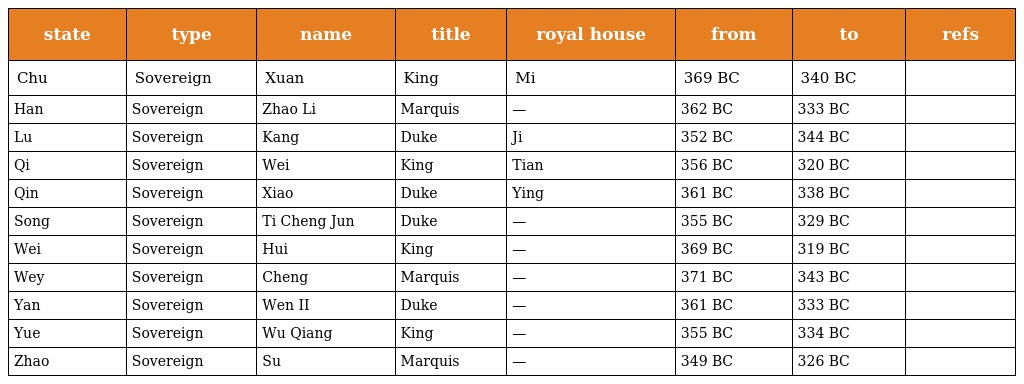
| state | type | name | title | royal house | from | to | refs |
 | --- | --- | --- | --- | --- | --- | --- | --- |
 | Chu | Sovereign | Xuan | King | Mi | 369 BC | 340 BC |  |
 | Han | Sovereign | Zhao Li | Marquis | — | 362 BC | 333 BC |  |
 | Lu | Sovereign | Kang | Duke | Ji | 352 BC | 344 BC |  |
 | Qi | Sovereign | Wei | King | Tian | 356 BC | 320 BC |  |
 | Qin | Sovereign | Xiao | Duke | Ying | 361 BC | 338 BC |  |
 | Song | Sovereign | Ti Cheng Jun | Duke | — | 355 BC | 329 BC |  |
 | Wei | Sovereign | Hui | King | — | 369 BC | 319 BC |  |
 | Wey | Sovereign | Cheng | Marquis | — | 371 BC | 343 BC |  |
 | Yan | Sovereign | Wen II | Duke | — | 361 BC | 333 BC |  |
 | Yue | Sovereign | Wu Qiang | King | — | 355 BC | 334 BC |  |
 | Zhao | Sovereign | Su | Marquis | — | 349 BC | 326 BC |  |